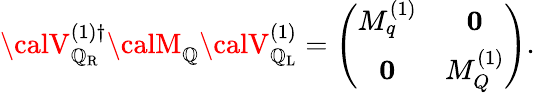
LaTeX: {\calV}_{{\cal\mathbb{Q}}_{\mathrm{{R}}}}^{(1)\dagger}{\calM}_{\cal\mathbb{Q}}{\calV}_{{\cal\mathbb{Q}}_{\mathrm{{L}}}}^{(1)}=\left(\begin{array}{cc}{{M_{q}^{(1)}}}&{{{\mathbf 0}}}\\ {{{\mathbf 0}}}&{{M_{Q}^{(1)}}}\end{array}\right).